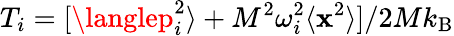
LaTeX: T_{i}=[\langlep_{i}^{2}\rangle+M^{2}\omega_{i}^{2}\langle\mathbf{x}^{2}\rangle]/2Mk_{\mathrm{{B}}}